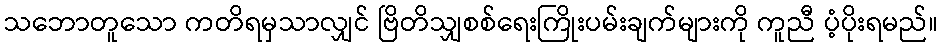
သဘောတူသော ကတိရမှသာလျှင် ဗြိတိသျှစစ်ရေးကြိုးပမ်းချက်များကို ကူညီ ပံ့ပိုးရမည်။